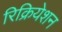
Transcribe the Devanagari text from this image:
रिक्रियेशन